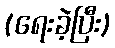
(ရေးခဲ့ပြီး)